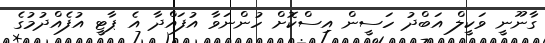
ގާނޫނީ ވަކީލް އަބްދު ހަސީން އިސްކޮށް ހުންނަވާ އުފައްދާ އެ ޕާޓީ އުފެއްދުމުގެ